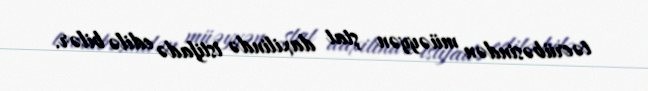
təcrübəsindən müəyyən ştat daxilində istifadə edilə bilər.